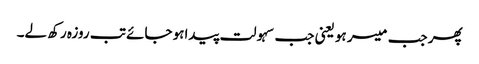
پھر جب میسر ہو یعنی جب سہولت پیداہو جائے تب روزہ رکھ لے۔